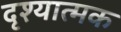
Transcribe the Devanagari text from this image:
दृश्‍यात्‍मक